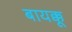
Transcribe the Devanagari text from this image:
बायक्कू